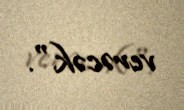
verəcək".